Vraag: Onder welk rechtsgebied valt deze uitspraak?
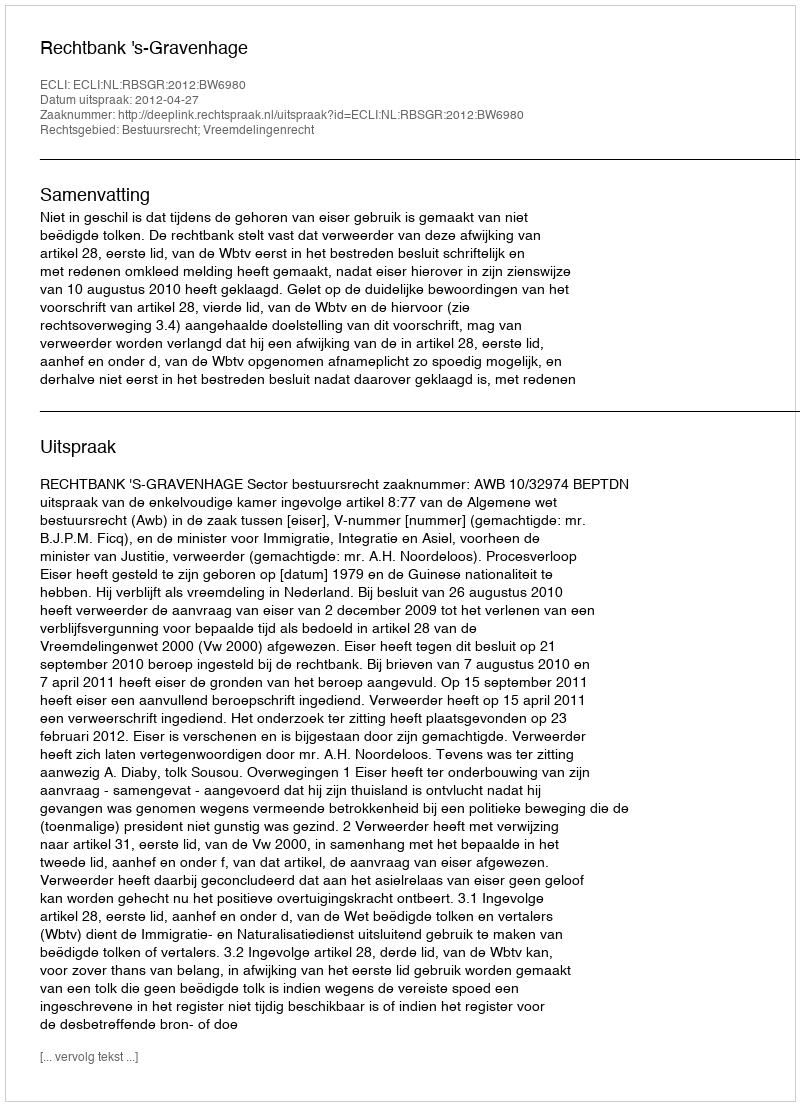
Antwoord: Bestuursrecht; Vreemdelingenrecht